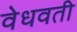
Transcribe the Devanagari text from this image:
वेधवती